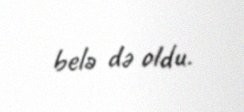
belə də oldu.